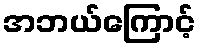
အဘယ်ကြောင့်